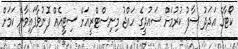
ކޯޓާގެ އަދަދު ސާފު ކުރުމަށް ސައުދީގެ ހައްޖު މިނިސްޓްރީއަށް ސިޓީއެއް ފޮނުވާފައިވާނެ ކަމަށް